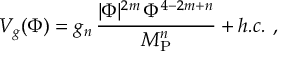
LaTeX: V _ { g } ( \Phi ) = g _ { n } \, { \frac { | \Phi | ^ { 2 m } \, \Phi ^ { 4 - 2 m + n } } { M _ { \mathrm { P } } ^ { n } } } + h . c . \ ,